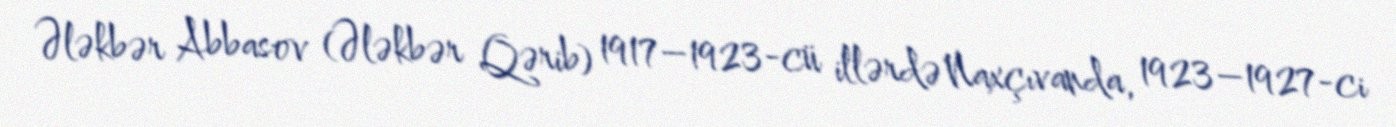
Ələkbər Abbasov (Ələkbər Qərib) 1917–1923-cü illərdə Naxçıvanda, 1923–1927-ci